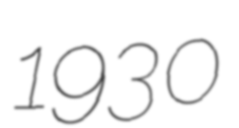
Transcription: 1930